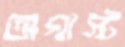
অগাস্ট